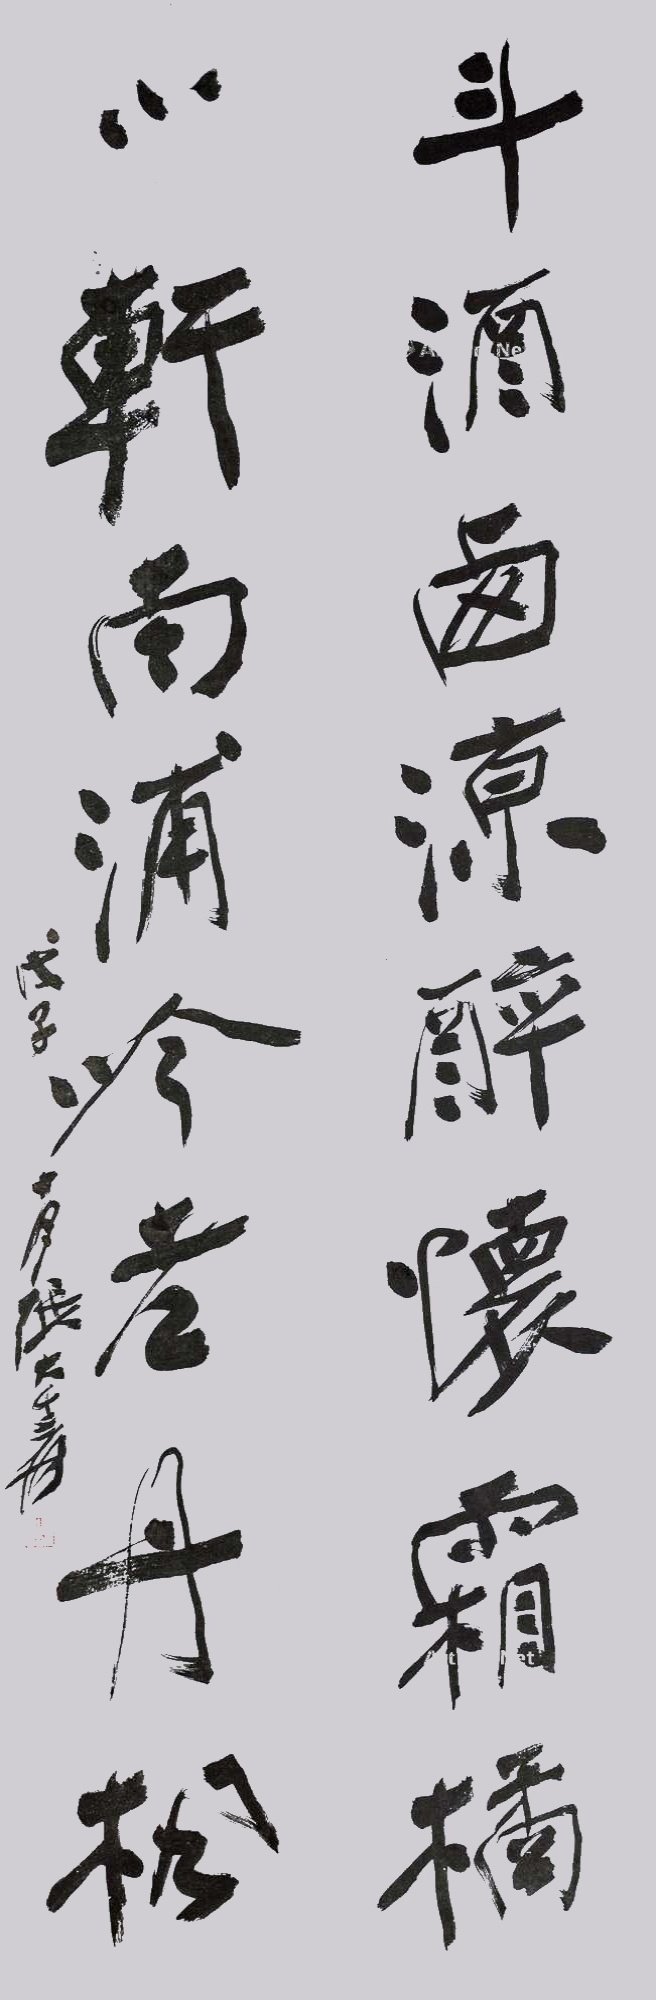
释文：斗酒卥凉醉怀霜橘，小轩南浦吟孝丹枫。戊子十月张大千爰。